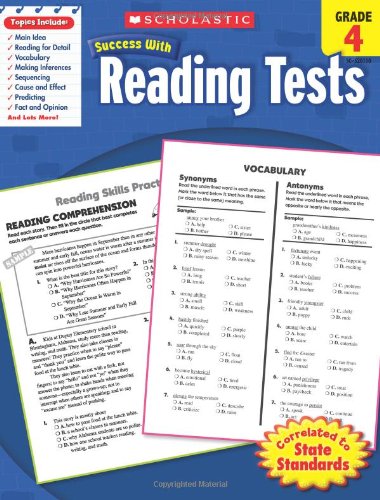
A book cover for Scholastic Success With Reading Tests,  Grade 4 (Scholastic Success with Workbooks: Tests Reading); Scholastic; Test Preparation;